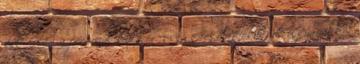
120 évben a personal vote erőssége fokozatosan, de ugyanakkor